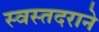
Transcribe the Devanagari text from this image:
स्वस्तदराने